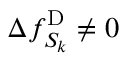
\Delta f _ { S _ { k } } ^ { \mathrm { D } } \neq 0